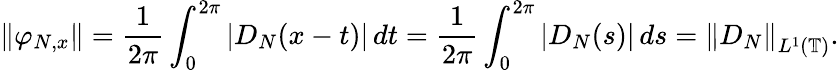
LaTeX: \left\| \varphi_{N,x}\right\| ={\frac{1}{2\pi}}\int_{0}^{2\pi}\left|D_{N}(x-t)\right|\, dt={\frac{1}{2\pi}}\int_{0}^{2\pi}\left|D_{N}(s)\right|\, ds=\left\| D_{N}\right\| _{L^{1}(\mathbb{T})}.